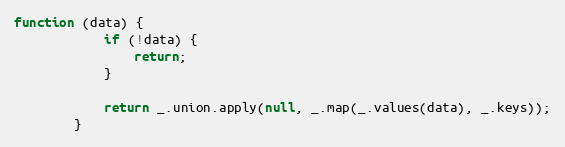
Language: JavaScript
function (data) {
            if (!data) {
                return;
            }

            return _.union.apply(null, _.map(_.values(data), _.keys));
        }